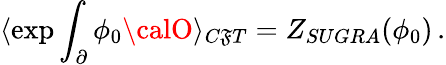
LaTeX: \langle\exp\int_{\partial}\phi_{0}{\calO}\rangle_{C\mathfrak{F}T}=Z_{SUGRA}(\phi_{0})\, .